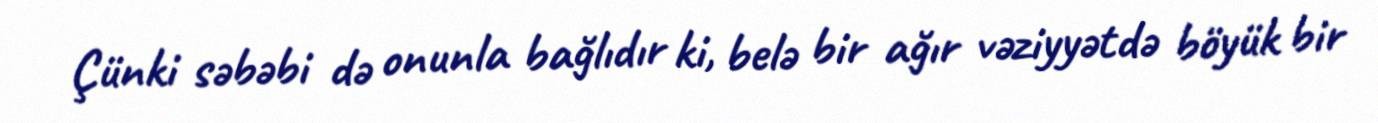
Çünki səbəbi də onunla bağlıdır ki, belə bir ağır vəziyyətdə böyük bir